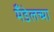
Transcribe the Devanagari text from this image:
मँडेलच्या